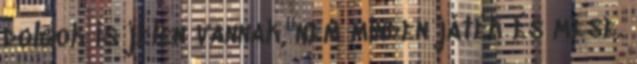
dolgok is jelen vannak, nem minden játék és mese.